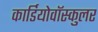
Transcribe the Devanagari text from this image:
कार्डियोवॉस्कुलर